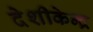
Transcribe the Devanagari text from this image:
देशीकेन्द्र